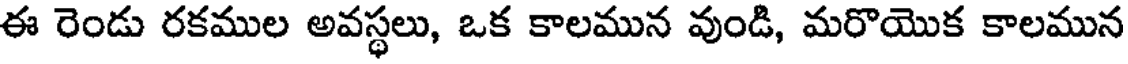
ఈ రెండు రకముల అవస్థలు, ఒక కాలమున వుండి, మరొయొక కాలమున